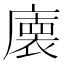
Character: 𭙾